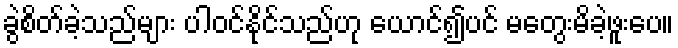
ခွဲစိတ်ခဲ့သည်များ ပါဝင်နိုင်သည်ဟု ယောင်၍ပင် မတွေးမိခဲ့ဖူးပေ။